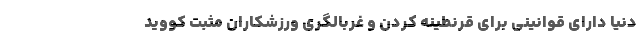
دنیا دارای قوانینی برای قرنطینه کردن و غربالگری ورزشکاران مثبت کووید